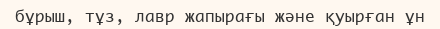
бұрыш, тұз, лавр жапырағы және қуырған ұн